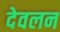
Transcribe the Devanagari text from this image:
देवलन